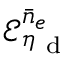
\mathcal { E } _ { \eta _ { \mathrm { ~ d ~ } } } ^ { \bar { n } _ { e } }